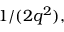
1 / ( 2 q ^ { 2 } ) ,